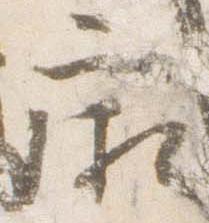
廂